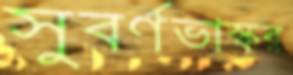
সুবর্ণভাস্কর